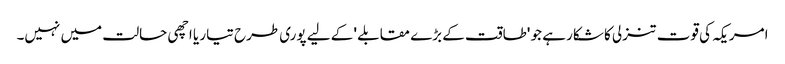
امریکہ کی قوت تنزلی کا شکار ہے جو 'طاقت کے بڑے مقابلے ' کے لیے پوری طرح تیار یا اچھی حالت میں نہیں۔